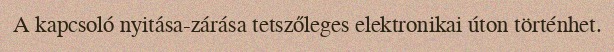
A kapcsoló nyitása-zárása tetszőleges elektronikai úton történhet.